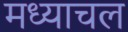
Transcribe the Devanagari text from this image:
मध्याचल